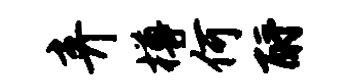
弃樽何酹